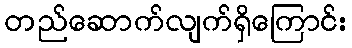
တည်ဆောက်လျက်ရှိကြောင်း